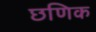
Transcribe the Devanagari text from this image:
छणिक